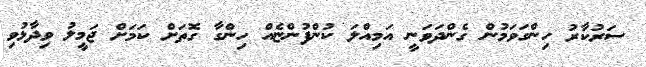
ސަރުކާރު ހިންގަވަމުން ގެންދަވަނީ އަމިއްލަ ކުންފުންޏެއް ހިންގާ ގޮތަށް ކަމަށް ޖަމީލު ވިދާޅުވި